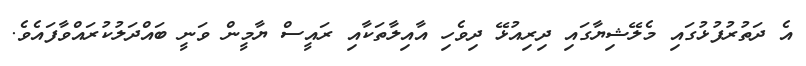
އެ ދަތުރުފުޅުގައި މެލޭޝިޔާގައި ދިރިއުޅޭ ދިވެހި އާއިލާތަކާއި ރައީސް ޔާމީން ވަނީ ބައްދަލުކުރައްވާފަައެވެ.